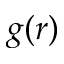
g ( r )